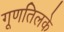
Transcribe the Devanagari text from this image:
गूणतिलके